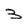
Character: 3